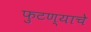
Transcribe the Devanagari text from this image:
फुटण्याचे